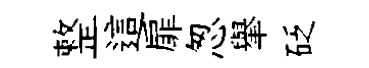
整這扉怱𦦙砭